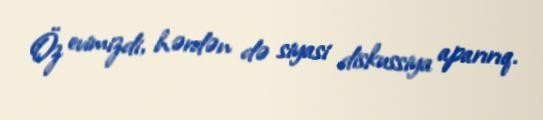
Öz evimizdi, hərdən də siyasi diskussiya aparırıq.